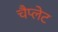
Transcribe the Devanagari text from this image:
चैप्लेट